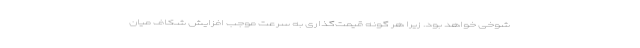
شوخی خواهد بود. زیرا هر گونه قیمت‌گذاری به سرعت موجب افزایش شکاف میان